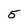
Character: 5